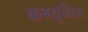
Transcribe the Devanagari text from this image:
कम्यूनिस